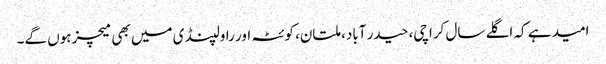
امید ہے کہ اگلے سال کراچی، حیدر آباد، ملتان، کوئٹہ اور راولپنڈی میں بھی میچز ہوں گے۔